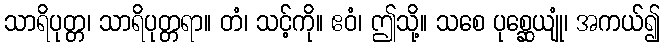
သာရိပုတ္တ၊ သာရိပုတ္တရာ။ တံ၊ သင့်ကို။ ဧဝံ၊ ဤသို့။ သစေ ပုစ္ဆေယျုံ၊ အကယ်၍